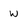
Character: w